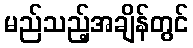
မည်သည့်အချိန်တွင်